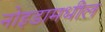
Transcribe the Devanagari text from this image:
नोइडामधील